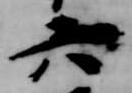
六